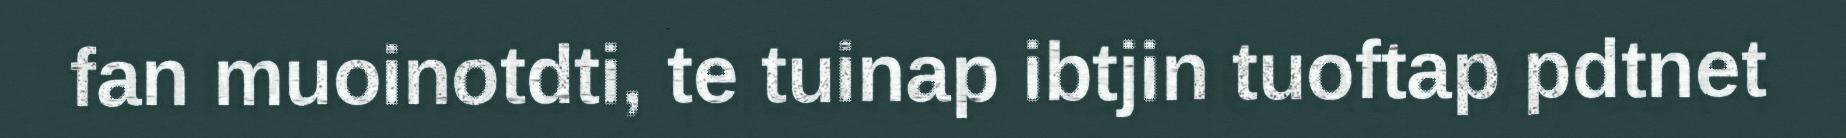
fan muoinotdti, te tuinap ibtjin tuoftap pdtnet